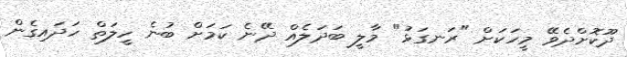
ދޫކޮށްދެވޭ މީހަކަށް "ރަނގަޅު" މާލީ ބަދަލެއް ދޭނެ ކަމަށް ބުނެ ހީލަތް ހަދައިގެން